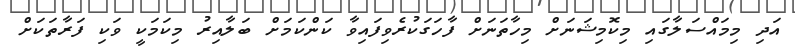
އަދި މިމައްސަލާގައި މިކޮމިޝަނަށް މިހާތަނަށް ފާހަގަކުރެވިފައިވާ ކަންކަމަށް ބަލާއިރު މިކަމަކީ ވަކި ފަރާތަކަށް